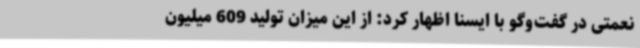
نعمتی در گفت‌وگو با ایسنا اظهار کرد: از این میزان تولید 609 میلیون